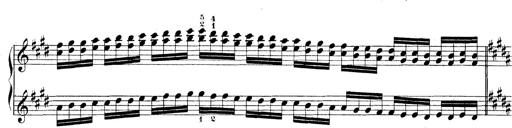
Title: Technische Studien
Composer: Franz Liszt